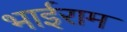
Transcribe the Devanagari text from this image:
भाईराम